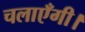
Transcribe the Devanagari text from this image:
चलाएँगी।